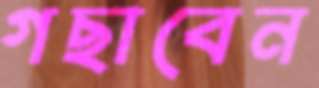
গছাবেন